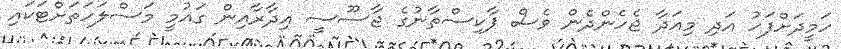
ހަމީދަށްފަހު އަދި މިއަދާ ޖެހެންދެން ވެސް ޕާކިސްތާނުގެ ޖާސޫސީ އިދާރާއިން ގައުމީ މަސްލަހަތަށްޓަކައި